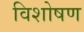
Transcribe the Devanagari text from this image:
विशोषण